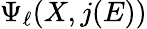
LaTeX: \Psi_{\ell}(X,j(E))